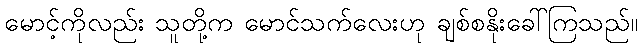
မောင့်ကိုလည်း သူတို့က မောင်သက်လေးဟု ချစ်စနိုးခေါ်ကြသည်။